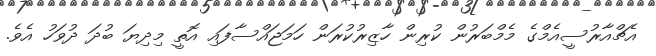
އެޗްއާރުސީއެމްގެ މެމްބަރުން ކުރިން ހާޒިރުކުރަން ހަމަޖައްސާފައި އޮތީ މިދިޔަ ބުދަ ދުވަހު އެވެ.